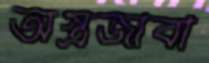
অস্ত্রজীবী